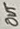
Text: Out